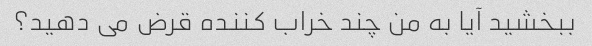
ببخشید آیا به من چند خراب کننده قرض می دهید؟